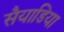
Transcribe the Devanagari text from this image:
सैयाडिया